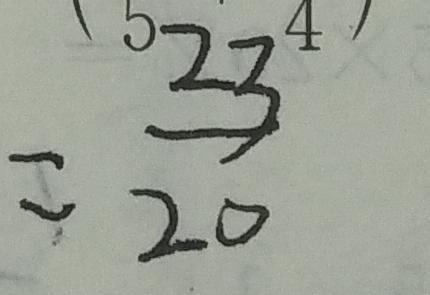
= \frac { 2 3 } { 2 0 }